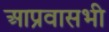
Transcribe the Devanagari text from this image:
आप्रवासभी